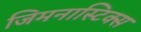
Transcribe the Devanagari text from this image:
जिमनास्टिक्‍स